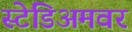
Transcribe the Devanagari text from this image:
स्टेडिअमवर